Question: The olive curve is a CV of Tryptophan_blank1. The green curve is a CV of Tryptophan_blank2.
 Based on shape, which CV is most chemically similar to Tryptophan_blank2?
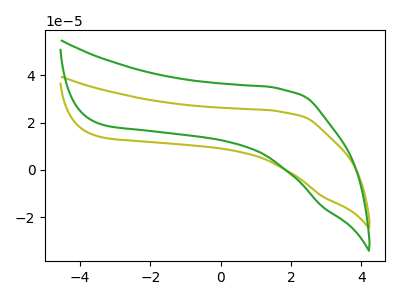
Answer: <think>The olive curve "Tryptophan_blank1" has no peaks. The green curve "Tryptophan_blank2" has no peaks.
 Neither "Tryptophan_blank1" or "Tryptophan_blank2" have any peaks.</think>
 <answer>The CV with the most similar shape to "Tryptophan_blank1" is "Tryptophan_blank2".</answer>
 <eval>"Tryptophan_blank2"</eval>